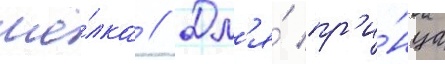
шё́лка // Дл'я́ пр'и́нца